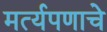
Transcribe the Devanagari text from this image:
मर्त्यपणाचे